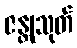
ဇန္တုသုတ်